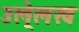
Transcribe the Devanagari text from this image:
उले्लख